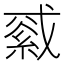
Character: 𦁓